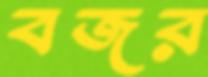
বজর